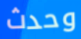
وحدث